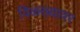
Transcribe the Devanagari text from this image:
विळख्यावर